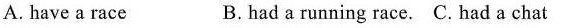
A. have a race B.had a running race. C.had a chat